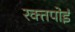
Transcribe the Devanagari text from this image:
रक्तपोई